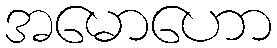
အမောဟော